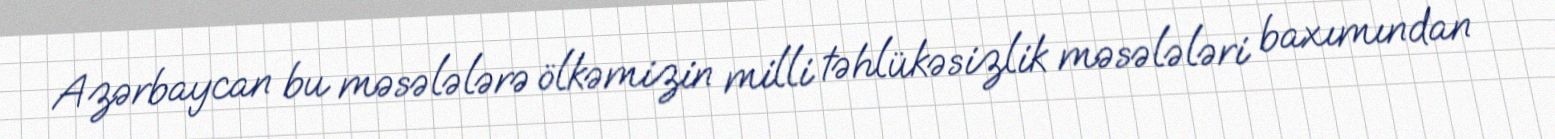
Azərbaycan bu məsələlərə ölkəmizin milli təhlükəsizlik məsələləri baxımından